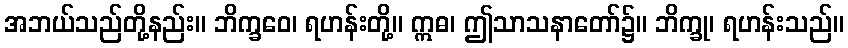
အဘယ်သည်တို့နည်း။ ဘိက္ခဝေ၊ ရဟန်းတို့။ ဣဓ၊ ဤသာသနာတော်၌။ ဘိက္ခု၊ ရဟန်းသည်။